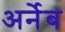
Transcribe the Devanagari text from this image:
अर्नेब